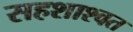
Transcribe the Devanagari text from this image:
सहशाश्वत